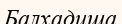
Балхадиша